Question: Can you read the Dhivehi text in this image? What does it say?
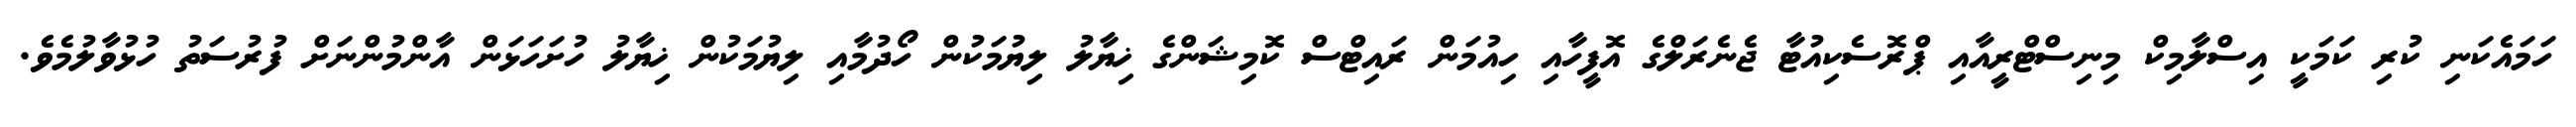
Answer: ހަމައެކަނި ކުރި ކަމަކީ އިސްލާމިކް މިނިސްޓްރީއާއި ޕްރޮސެކިއުޓާ ޖެނެރަލްގެ އޮފީހާއި ހިއުމަން ރައިޓްސް ކޮމިޝަންގެ ޚިޔާލު ލިޔުމަކުން ހޯދުމާއި ލިޔުމަކުން ޚިޔާލު ހުށަހަޅަން އާންމުންނަށް ފުރުސަތު ހުޅުވާލުމެވެ.